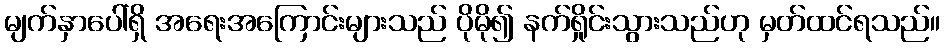
မျက်နှာပေါ်ရှိ အရေးအကြောင်းများသည် ပိုမို၍ နက်ရှိုင်းသွားသည်ဟု မှတ်ထင်ရသည်။